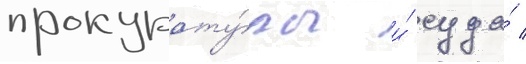
прокурату́ры и́ суда́ /